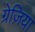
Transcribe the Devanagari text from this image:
ग्रेज़िया